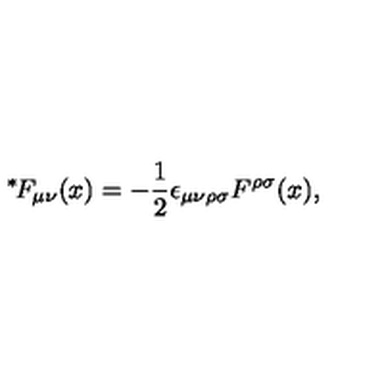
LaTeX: \mathrm { \mathrm { } ^ * \! } F _ { \mu \nu } ( x ) = - \mathrm { \small \frac { 1 } { 2 } } \epsilon _ { \mu \nu \rho \sigma } F ^ { \rho \sigma } ( x ) ,